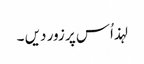
لہذ اُس پر زور دیں ۔